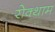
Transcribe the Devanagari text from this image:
रोक्थाम